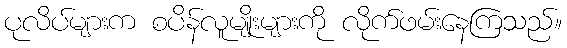
ပုလိပ်များက စပိန်လူမျိုးများကို လိုက်ဖမ်းနေကြသည်။